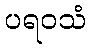
ပရဝသံ